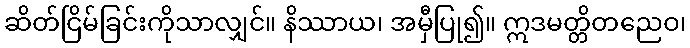
ဆိတ်ငြိမ်ခြင်းကိုသာလျှင်။ နိဿာယ၊ အမှီပြု၍။ ဣဒမတ္တိတညေဝ၊